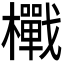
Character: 𭬪